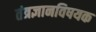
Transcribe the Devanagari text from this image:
तंत्रज्ञानविषयक